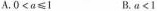
A. $$0 < a ≤ 1$$ B. $$a < 1$$